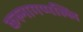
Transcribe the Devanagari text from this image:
करुनागप्पल्लि